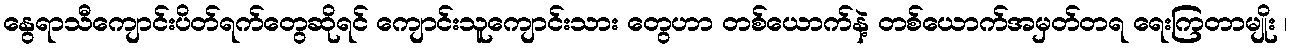
နွေရာသီကျောင်းပိတ်ရက်တွေဆိုရင် ကျောင်းသူကျောင်းသား တွေဟာ တစ်ယောက်နဲ့ တစ်ယောက်အမှတ်တရ ရေးကြတာမျိုး ၊